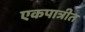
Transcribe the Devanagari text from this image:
एकपात्रीत